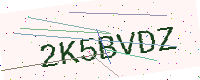
Text: 2K5BVDZ